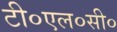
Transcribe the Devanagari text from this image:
टी०एल०सी०